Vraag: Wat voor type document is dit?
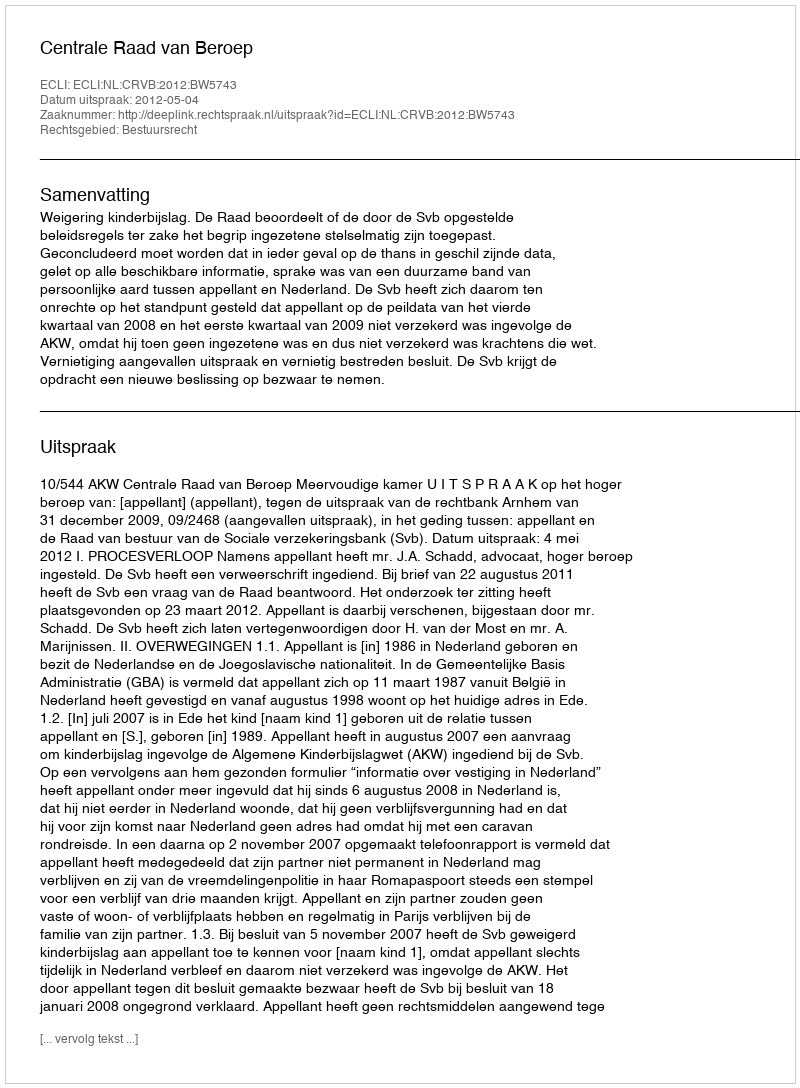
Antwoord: Uitspraak